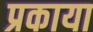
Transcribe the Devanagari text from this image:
प्रकाया